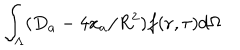
\int _ { \Lambda } ( D _ { a } - 4 x _ { a } / R ^ { 2 } ) f ( { \bf r } , \tau ) d \Omega